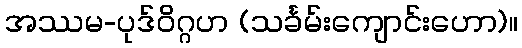
အဿမ-ပုဒ်ဝိဂ္ဂဟ (သင်္ခမ်းကျောင်းဟော)။